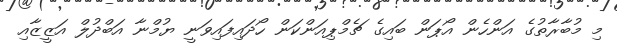
މި މުބާރާތުގެ އަންހެން އޯޕަން ބައިގެ ޗެމްޕިއަންކަން ހޯދައިފައިވަނީ ޔުމްނާ އަބްދުލް އަޒީޒާއި